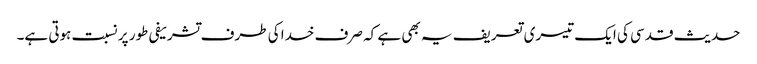
حدیث قدسی کی ایک تیسری تعریف یہ بھی ہے کہ صرف خدا کی طرف تشریفی طور پر نسبت ہوتی ہے۔